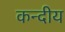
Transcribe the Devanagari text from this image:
कन्दीय